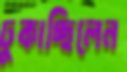
ঢুকাচ্ছিলেন